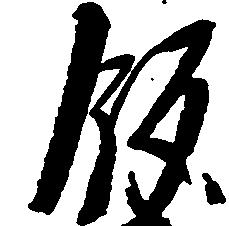
飯